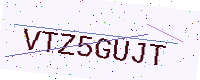
Text: VTZ5GUJT